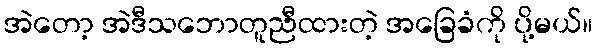
အဲတော့ အဲဒီသဘောတူညီထားတဲ့ အခြေခံကို ပို့မယ်။